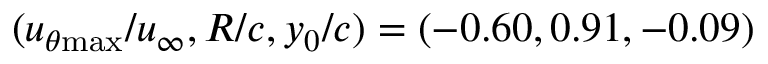
( u _ { \theta \mathrm { { m a x } } } / u _ { \infty } , R / c , y _ { 0 } / c ) = ( - 0 . 6 0 , 0 . 9 1 , - 0 . 0 9 )